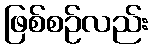
ဖြစ်စဉ်လည်း